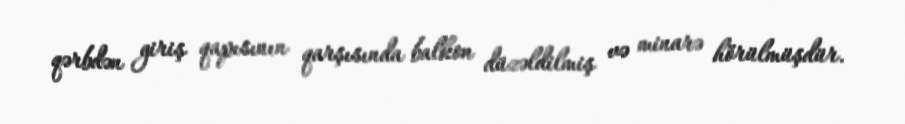
qərbdən giriş qapısının qarşısında balkon düzəldilmiş və minarə hörülmüşdür.